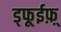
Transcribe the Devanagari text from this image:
ड्फूईफ़़्